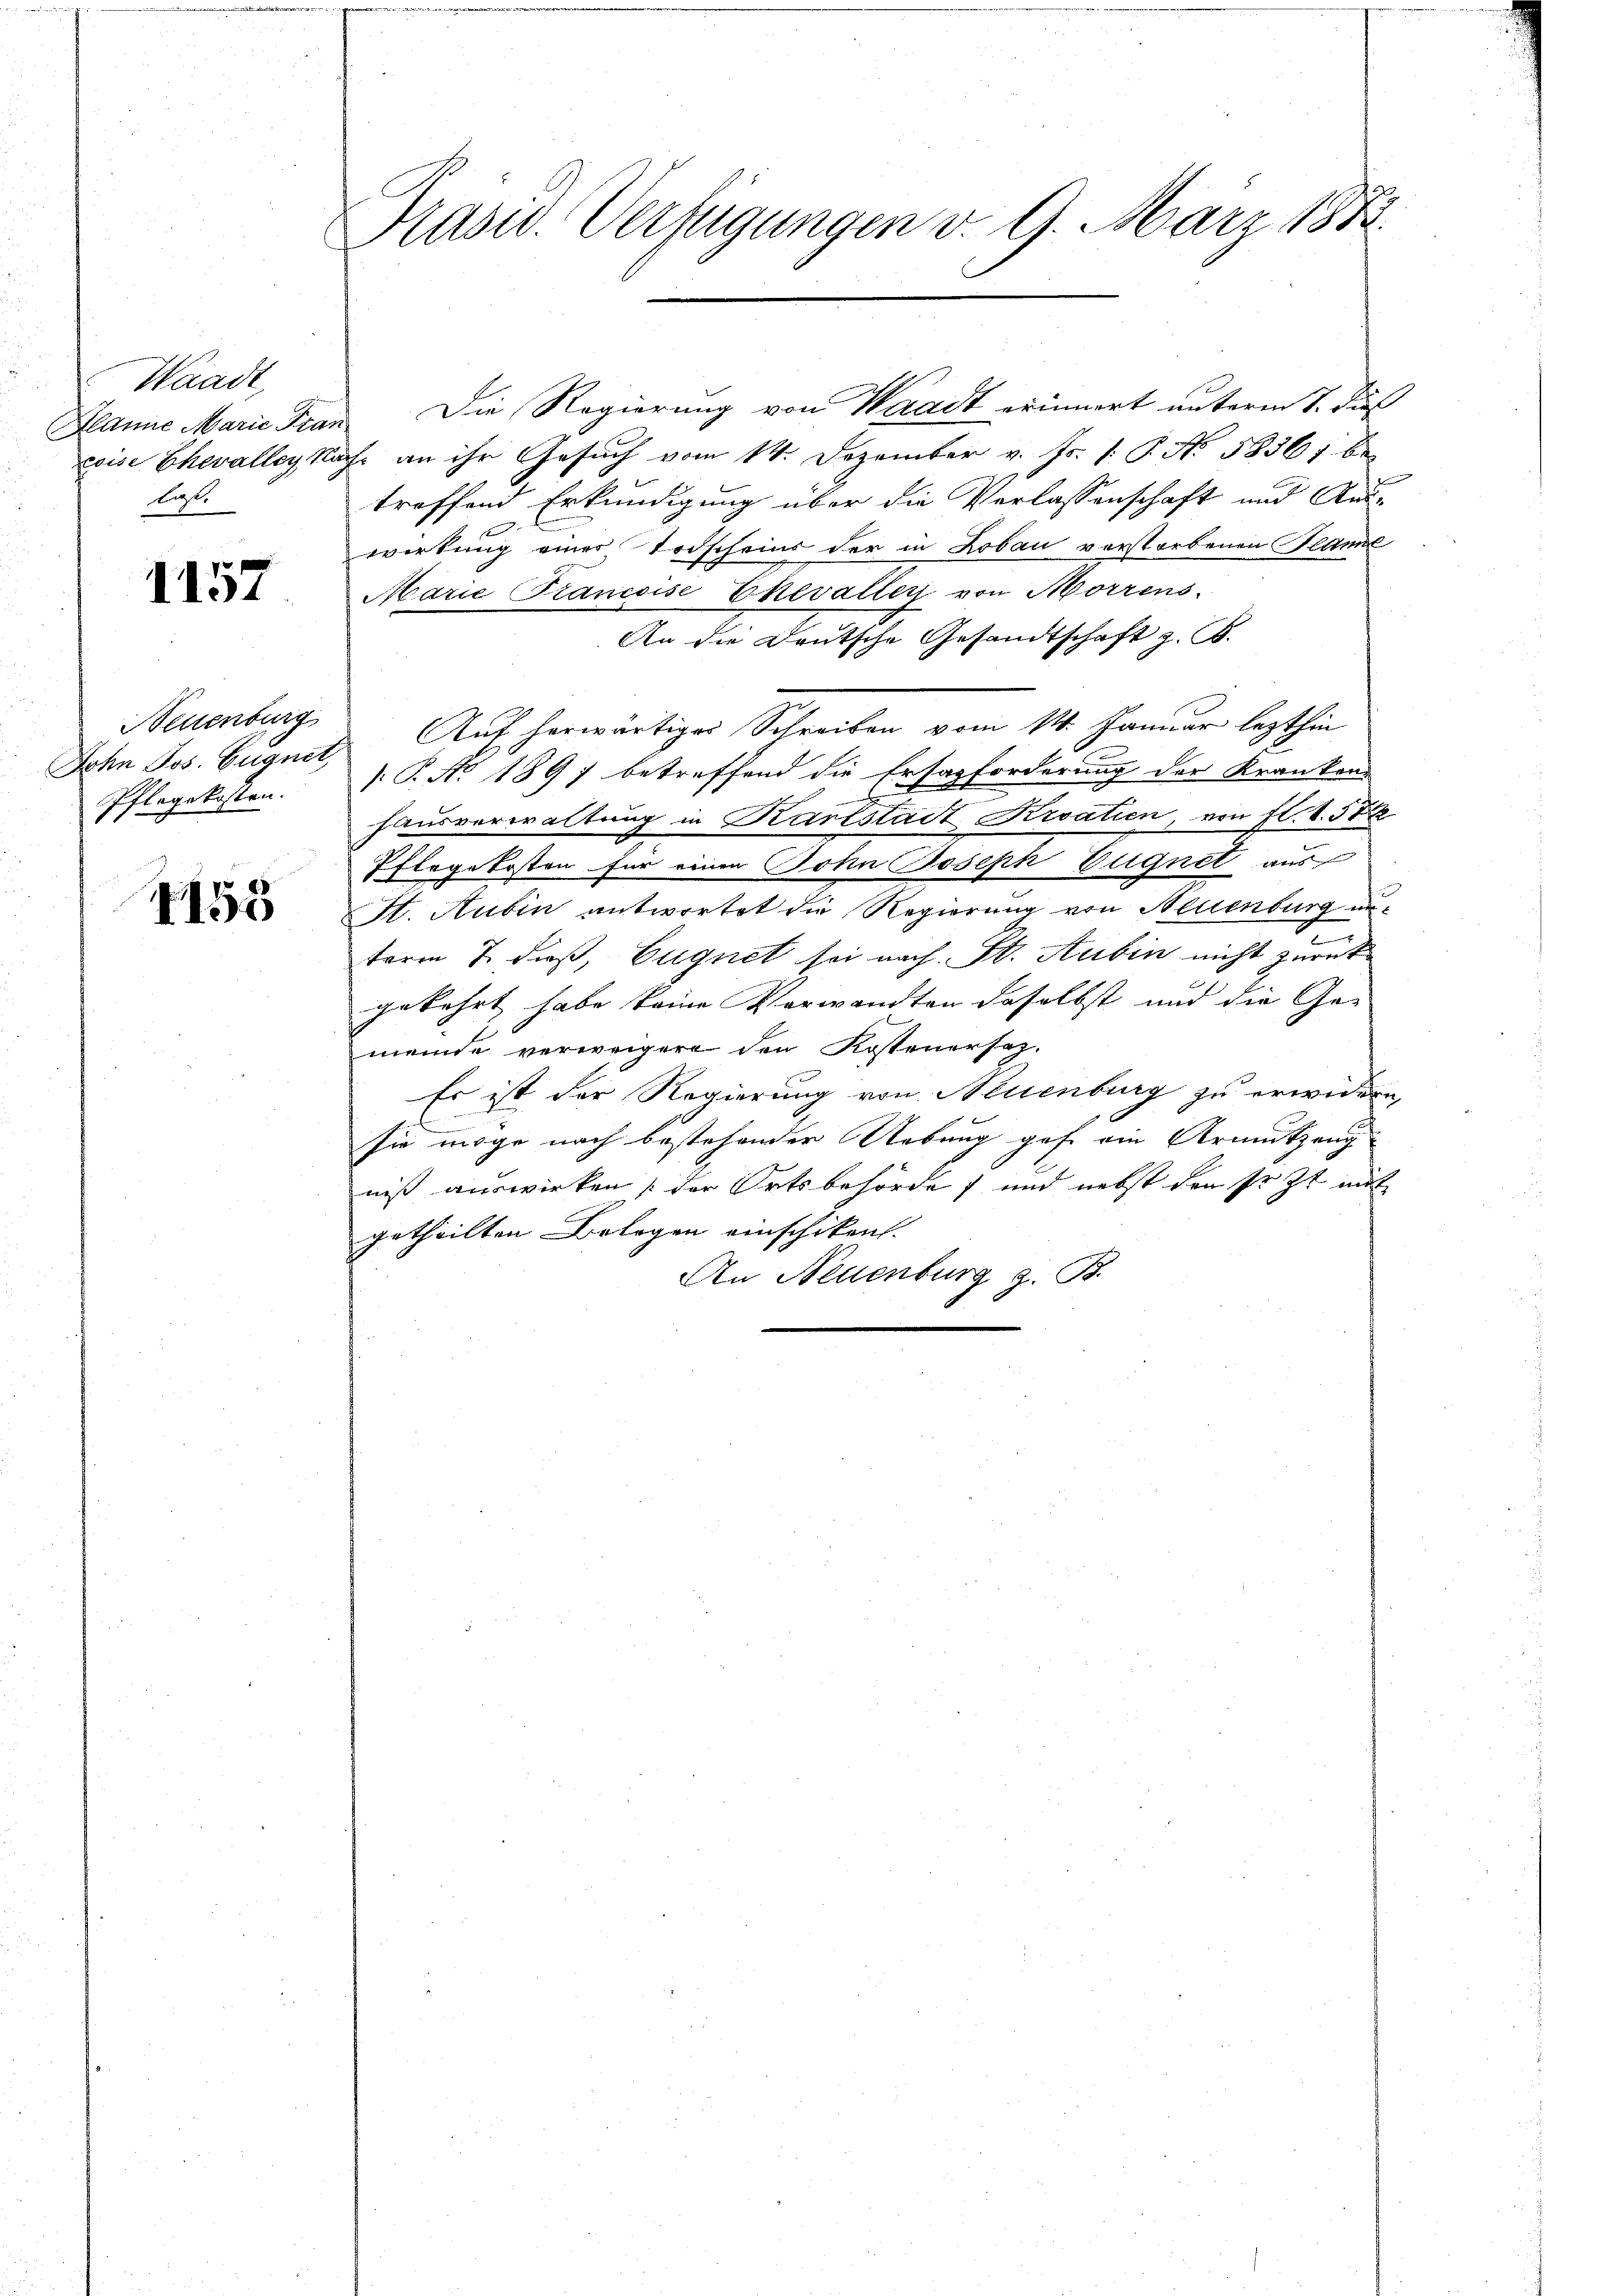
Waadt,
liefe

1157

Neuenburg
Pflegekosten.

4155

Prasis. Verfügungen d. 9. März 1873.

Hlanne Marie Fran. Die Regierung von Waadt erinnert unterm 7. dieß
coise Chevalley Nach an ihr Gesuch vom 14. Dezember v. Js. v. J. No. 58361 be-
troffend Erkundigung über die Verlassenschaft und Aus-
wirkung einer Todscheins der in Lobau verstorbenen Plane
Marie Francoise Ehevaller von Morrens
An die Deutsche Gesandtschaft z. B.
John Jos. Eugnet Auf herwärtiger Schreiben vom 14. Januar lezthin
: P. No. 1897 betreffend die Ersazforderung der Kranken-
hausverwaltung in Kartstadt Kroatien, von fl. 1. 572
Pflegekosten für einen Sohn Joseph Eugnet aus
St. Hubin antwortet die Regierung von Neuenburg unterm 7. dieß, Eugnet sei nach St. Aubin nicht zurück
gekehrt habe keine Verwandten daselbst und die Gemeinde verweigere den Kostenersaz¬
Es ist der Regierung von Neuenburg zu erwidern
sie möge nach bestehender Uebung gehe ein Armutzung
niß auswirken der Ortsbehörde) und nebst den sr. Zt. mit
getheilten Belegen einschiken.
An Neuenburg z. B.